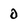
Character: 0